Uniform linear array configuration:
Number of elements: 64
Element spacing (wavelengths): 1
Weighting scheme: exponential
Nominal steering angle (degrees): -60
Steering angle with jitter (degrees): -59.193
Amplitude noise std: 0.05
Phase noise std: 0.05

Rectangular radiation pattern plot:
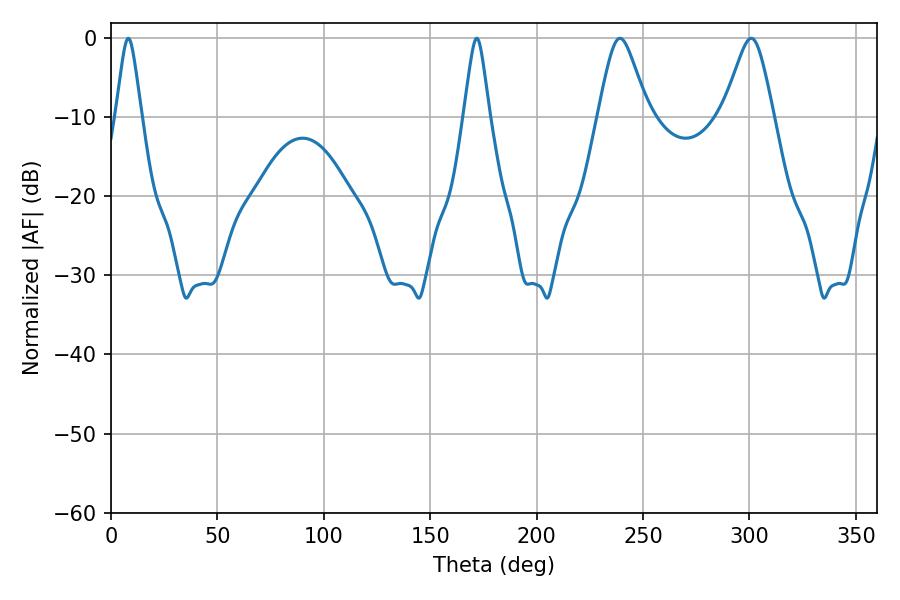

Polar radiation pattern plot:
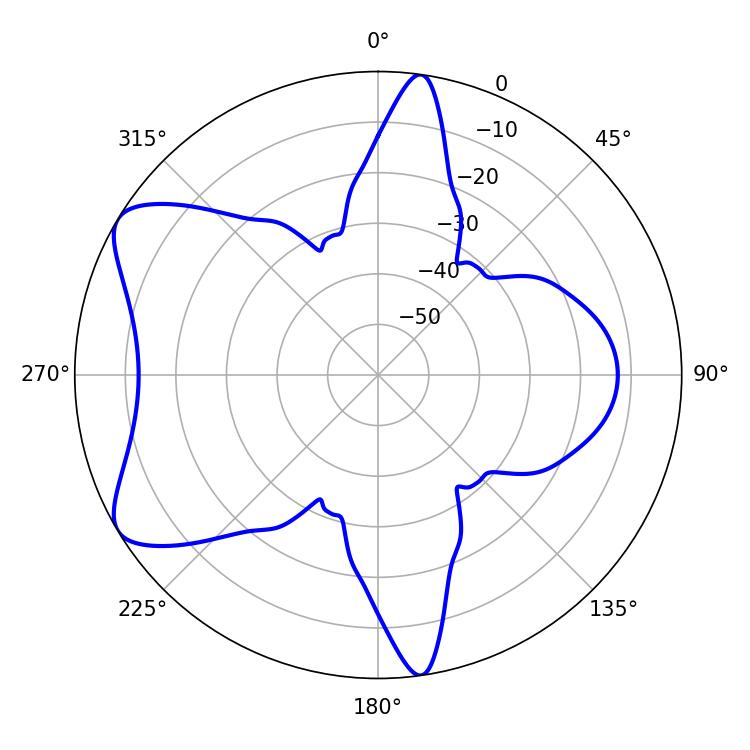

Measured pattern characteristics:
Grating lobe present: TRUE
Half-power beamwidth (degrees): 5.76
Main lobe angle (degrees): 8.1